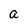
Character: a